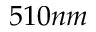
5 1 0 n m